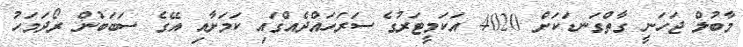
މާބުލް ޖަހަނީ ގާތްގަނޑަކަށް 4020 އަކަމީޓަރުގެ ސަރަހައްދެއްގައި ކަމަށާއި އޭގެ ސަބަބުން ރޯދަމަހު